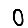
Digit: 0